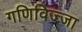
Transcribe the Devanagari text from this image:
गणिविज्जा